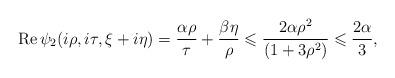
LaTeX: \begin{align*}\operatorname{Re}\psi_2(i\rho,i\tau,\xi+i\eta)=\frac{\alpha\rho}{\tau}+\frac{\beta\eta}{\rho}\leqslant\frac{2\alpha\rho^2}{(1+3\rho^2)}\leqslant\frac{2\alpha}{3},\end{align*}